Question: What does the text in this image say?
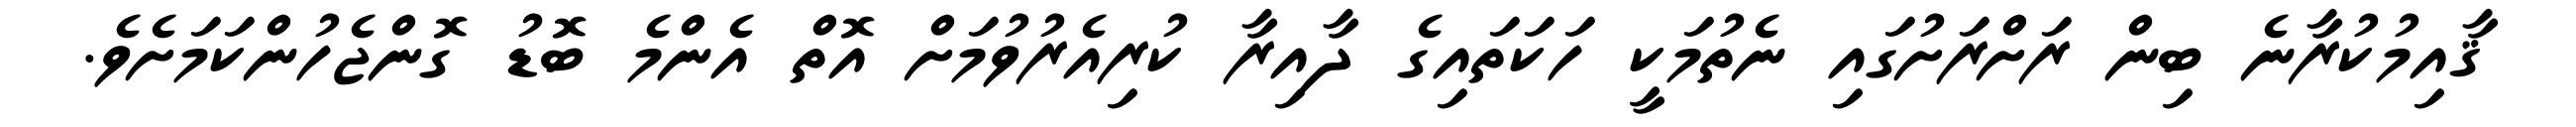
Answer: ޤާއިމުކުރާނެ ބިން ރަށްރަށުގައި ނެތުމަކީ ހަކަތައިގެ ދާއިރާ ކުރިއެރުވުމަށް އޮތް އެންމެ ބޮޑު ގޮންޖެހުންކަމަށެވެ.